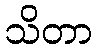
သိတာ